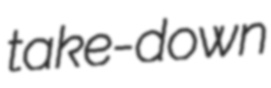
take-down